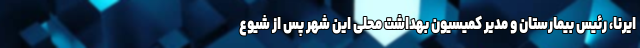
ایرنا، رئیس بیمارستان و مدیر کمیسیون بهداشت محلی این شهر پس از شیوع